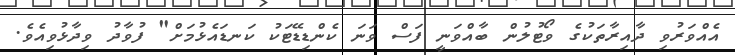
އެއްވަރުވި ދާއިރާތަކުގެ ވޯޓުލުން ބާއްވަނީ ފަސް ވަނަ ކެންޑިޑޭޓަކު ކަނޑައެޅުމަށް" ފުވާދު ވިދާޅުވިއެވެ.